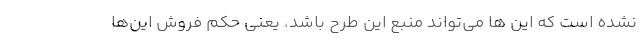
نشده است که این ها می‌تواند منبع این طرح باشد، یعنی حکم فروش این‌ها